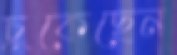
চুকেছেন